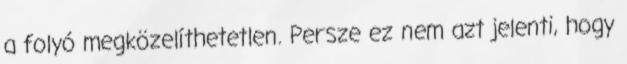
a folyó megközelíthetetlen. Persze ez nem azt jelenti, hogy